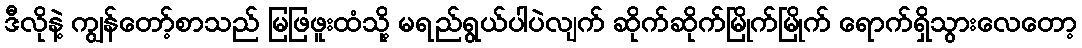
ဒီလိုနဲ့ ကျွန်တော့်စာသည် မြဖြဖူးထံသို့ မရည်ရွယ်ပါပဲလျက် ဆိုက်ဆိုက်မြိုက်မြိုက် ရောက်ရှိသွားလေတော့